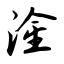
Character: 淦